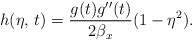
\begin{align*}h(\eta,\,t)=\dfrac{g(t)g''(t)}{2\beta_x}(1-\eta^2).\end{align*}